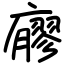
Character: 廫